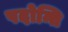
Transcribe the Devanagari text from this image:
पदोन्ति